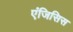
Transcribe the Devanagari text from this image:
एंजिसिस